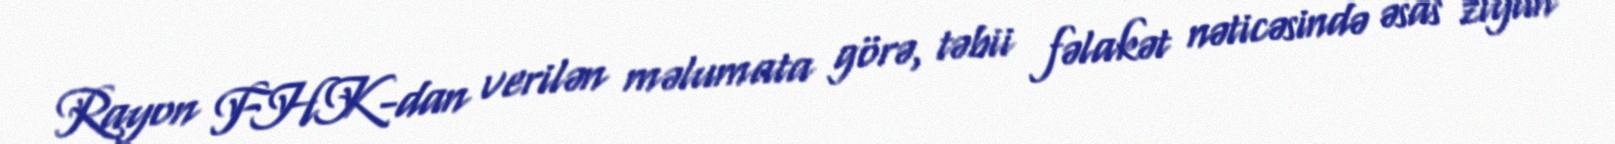
Rayon FHK-dan verilən məlumata görə, təbii fəlakət nəticəsində əsas ziyan